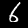
Label: 6